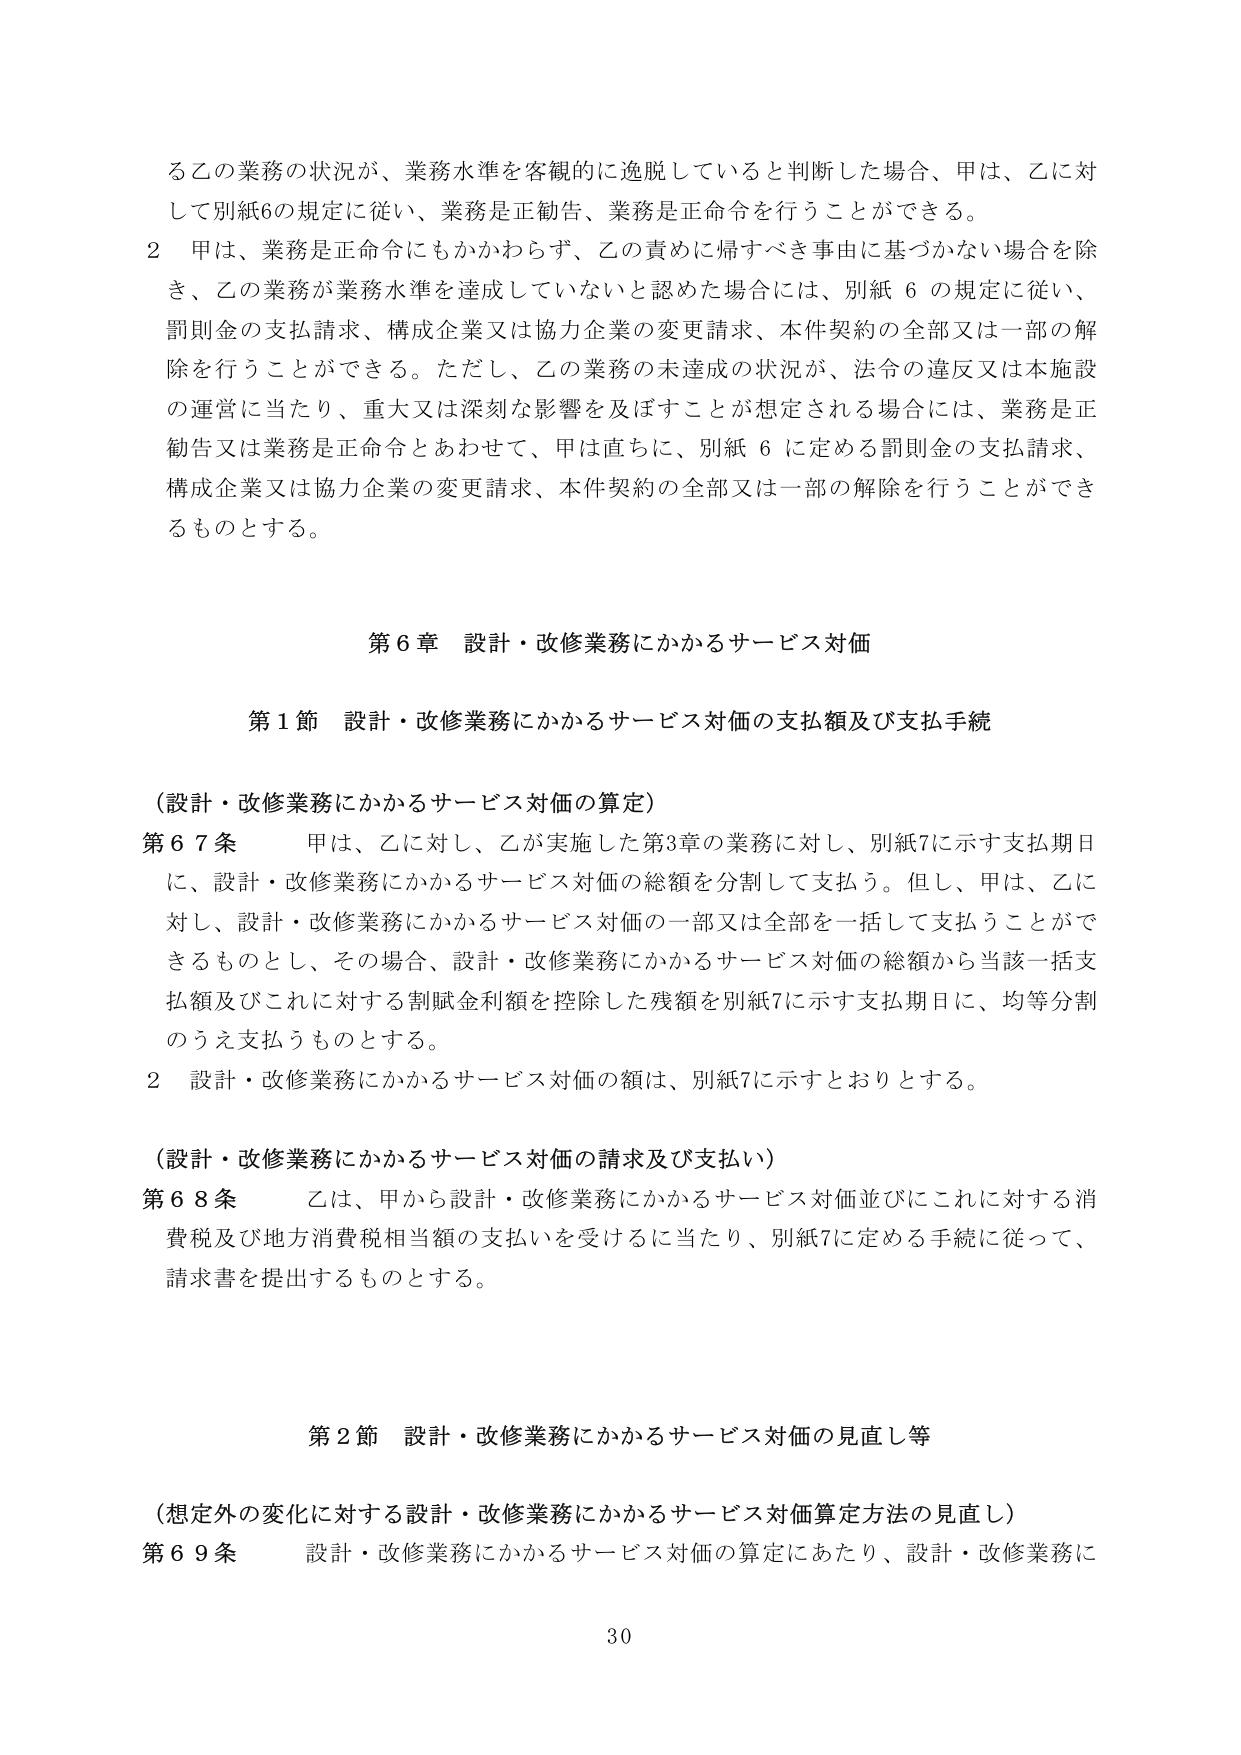
る乙の業務の状況が、業務水準を客観的に逸脱していると判断した場合、甲は、乙に対して別紙6の規定に従い、業務是正勧告、業務是正命令を行うことができる。

2 甲は、業務是正命令にもかかわらず、乙の責めに帰すべき事由に基づかない場合を除き、乙の業務が業務水準を達成していないと認めた場合には、別紙6の規定に従い、罰則金の支払請求、構成企業又は協力企業の変更請求、本件契約の全部又は一部の解除を行うことができる。ただし、乙の業務の未達成の状況が、法令の違反又は本施設の運営に当たり、重大又は深刻な影響を及ぼすことが想定される場合には、業務是正勧告又は業務是正命令とあわせて、甲は直ちに、別紙6に定める罰則金の支払請求、構成企業又は協力企業の変更請求、本件契約の全部又は一部の解除を行うことができるものとする。

第6章 設計・改修業務にかかるサービス対価

第1節 設計・改修業務にかかるサービス対価の支払額及び支払手続

（設計・改修業務にかかるサービス対価の算定）

第67条 甲は、乙に対し、乙が実施した第3章の業務に対し、別紙7に示す支払期日に、設計・改修業務にかかるサービス対価の総額を分割して支払う。但し、甲は、乙に対し、設計・改修業務にかかるサービス対価の一部又は全部を一括して支払うことができるものとし、その場合、設計・改修業務にかかるサービス対価の総額から当該一括支払額及びこれに対する割賦金利額を控除した残額を別紙7に示す支払期日に、均等分割のうえ支払うものとする。

2 設計・改修業務にかかるサービス対価の額は、別紙7に示すとおりとする。

（設計・改修業務にかかるサービス対価の請求及び支払い）

第68条 乙は、甲から設計・改修業務にかかるサービス対価並びにこれに対する消費税及び地方消費税相当額の支払いを受けるに当たり、別紙7に定める手続に従って、請求書を提出するものとする。

第2節 設計・改修業務にかかるサービス対価の見直し等

（想定外の変化に対する設計・改修業務にかかるサービス対価算定方法の見直し）

第69条 設計・改修業務にかかるサービス対価の算定にあたり、設計・改修業務に

30